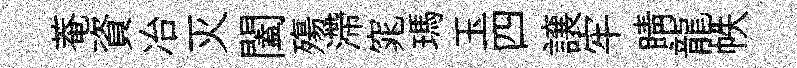
菴資冶灭闔殤滯窕瑪玉四譲牢睛龍帙